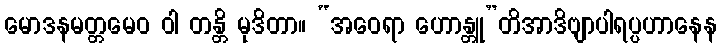
မောဒနမတ္တမေဝ ဝါ တန္တိ မုဒိတာ။ “အဝေရာ ဟောန္တူ”တိအာဒိဗျာပါရပ္ပဟာနေန